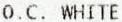
O.C. WHITE